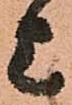
上